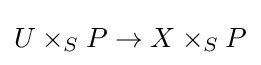
U\times _{S}P\to X\times _{S}P